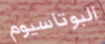
البوتاسيوم